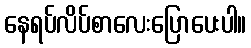
နေရပ်လိပ်စာလေးပြောပေးပါ။